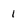
Character: 1